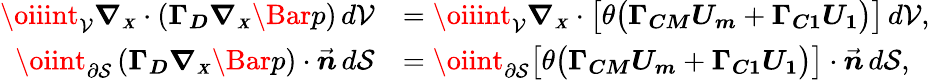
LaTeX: \begin{array}{rl}{\oiiint_{\mathcal{V}}{\boldsymbol{\nabla_{\scriptscriptstyle X}}\cdot\left(\boldsymbol{\Gamma_{D}}\boldsymbol{\nabla_{\scriptscriptstyle X}}\Bar{p}\right)}\, d\mathcal{V}}&{=\oiiint_{\mathcal{V}}\boldsymbol{\nabla_{\scriptscriptstyle X}}\cdot\bigl[\theta\bigl(\boldsymbol{\Gamma_{CM}}\boldsymbol{U_{m}}+\boldsymbol{\Gamma_{C1}}\boldsymbol{U_{1}}\bigr)\bigr]\, d\mathcal{V},}\\ {\oiint_{\partial\mathcal{S}}\left(\boldsymbol{\Gamma_{D}}\boldsymbol{\nabla_{\scriptscriptstyle X}}\Bar{p}\right)\cdot\vec{\boldsymbol{n}}\, d\mathcal{S}}&{=\oiint_{\partial\mathcal{S}}\bigl[\theta\bigl(\boldsymbol{\Gamma_{CM}}\boldsymbol{U_{m}}+\boldsymbol{\Gamma_{C1}}\boldsymbol{U_{1}}\bigr)\bigr]\cdot\vec{\boldsymbol{n}}\, d\mathcal{S},}\end{array}